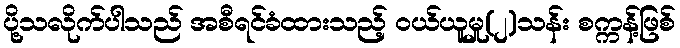
ပို့သလိုက်ပါသည် အစီရင်ခံထားသည့် ဝယ်ယူမှု(၂)သန်း စက္ကန့်ဖြစ်